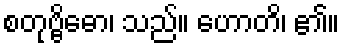
စတုဗ္ဗိဓော၊ သည်။ ဟောတိ၊ ၏။